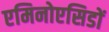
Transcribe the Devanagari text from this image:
एमिनोएसिडों